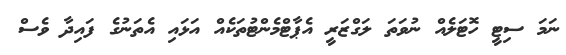
ނަމަ ސިޓީ ހޮޓަލެއް ނުވަތަ ލަގްޒަރީ އެޕާޓްމެންޓުތަކެއް އަޅައި އެތަނުގެ ފައިދާ ވެސް